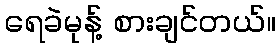
ရေခဲမုန့် စားချင်တယ်။